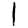
Digit: 1